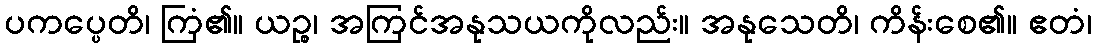
ပကပ္ပေတိ၊ ကြံ၏။ ယဉ္စ၊ အကြင်အနုသယကိုလည်း။ အနုသေတိ၊ ကိန်းစေ၏။ ဧတံ၊